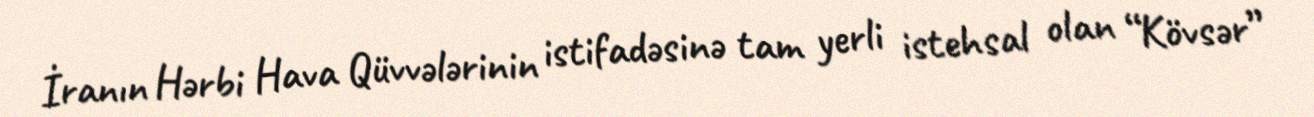
İranın Hərbi Hava Qüvvələrinin istifadəsinə tam yerli istehsal olan “Kövsər”